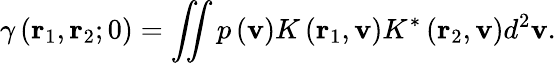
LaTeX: \gamma\left({{\mathbf{r}}_{1}},{{\mathbf{r}}_{2}};0\right)=\iint{p\left({\mathbf{v}}\right)K\left({\mathbf{{r}}_{1}},{\mathbf{v}}\right){{K}^{*}}\left({{\mathbf{{r}}}_{2}},{\mathbf{v}}\right){{d}^{2}}{\mathbf{v}}}.